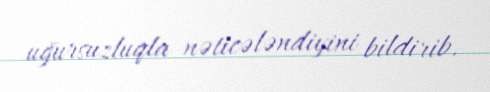
uğursuzluqla nəticələndiyini bildirib.